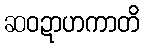
ဆဝဍာဟကာတိ